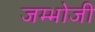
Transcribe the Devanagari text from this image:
जम्भोजी